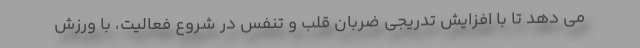
می دهد تا با افزایش تدریجی ضربان قلب و تنفس در شروع فعالیت، با ورزش